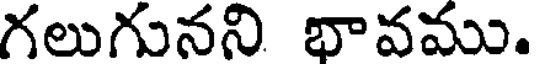
గలుగునని భావము.